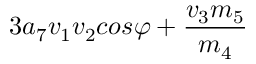
3 a _ { 7 } v _ { 1 } v _ { 2 } c o s \varphi + \frac { v _ { 3 } m _ { 5 } } { m _ { 4 } }